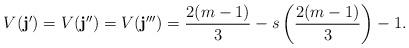
LaTeX: \begin{align*}V(\mathbf{j}') = V(\mathbf{j}'') = V(\mathbf{j}''') = \frac{2(m-1)}{3} - s\left(\frac{2(m-1)}{3}\right) - 1.\end{align*}